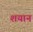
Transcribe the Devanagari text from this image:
शयान